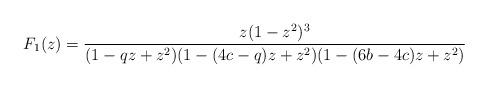
LaTeX: \begin{align*} F_1(z)=\frac{z(1-z^2)^3}{(1-qz+z^2)(1-(4c-q)z+z^2)(1-(6b-4c)z+z^2)}\end{align*}